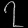
Digit: ၇